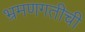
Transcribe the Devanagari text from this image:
भ्रमणगतीची